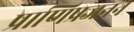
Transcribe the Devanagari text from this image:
प्राणिप्रजनन